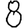
Digit: 8